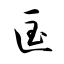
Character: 匤